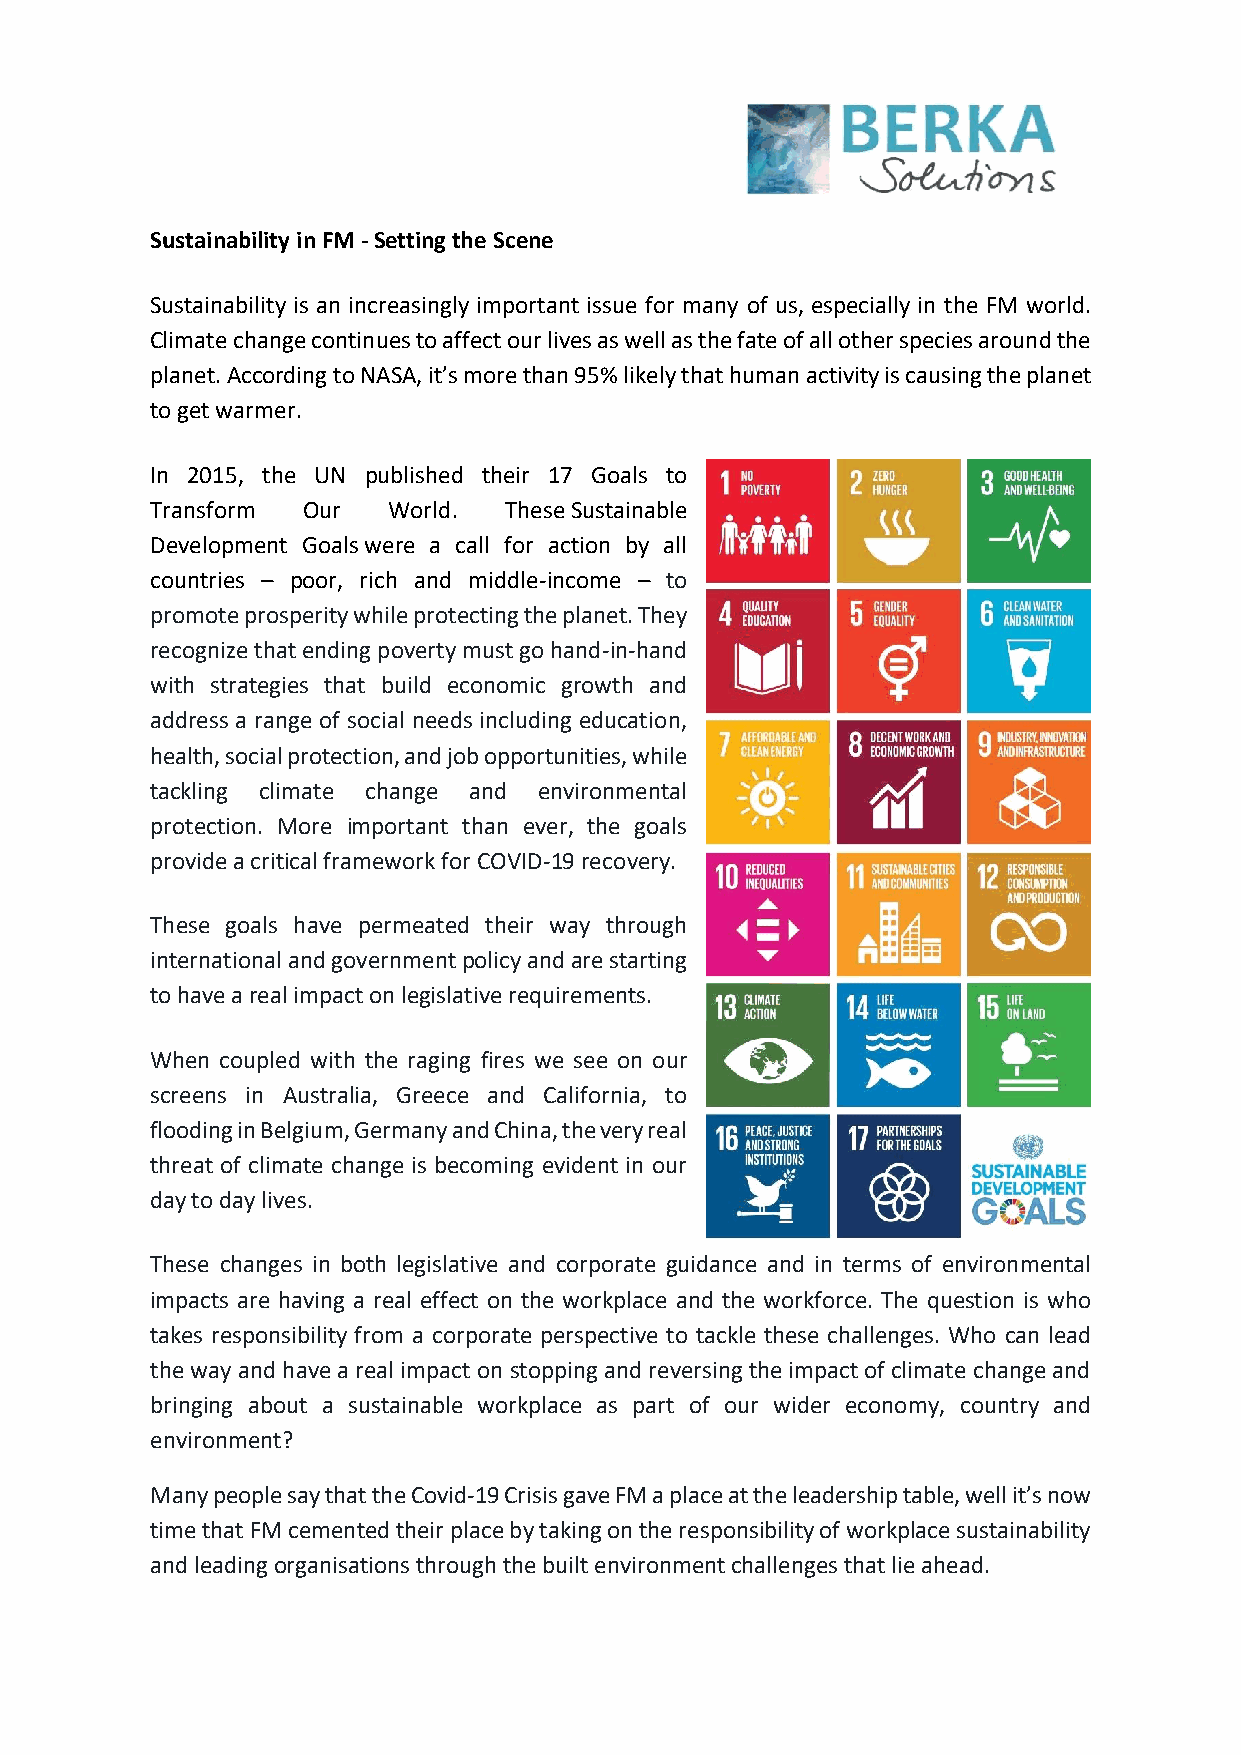
Sustainability in FM - Setting the Scene
 Sustainability is an increasingly important issue for many of us, especially in the FM world.
 Climate change continues to affect our lives as well as the fate of all other species around the
 planet. According to NASA, it’s more than 95% likely that human activity is causing the planet
 to get warmer.
 In 2015, the UN published their 17 Goals to
 Transform Our   World. These Sustainable
 Development Goals were a call for action by all
 countries – poor, rich and middle-income – to
 promote prosperity while protecting the planet. They
 recognize that ending poverty must go hand-in-hand
 with strategies that build economic growth and
 address a range of social needs including education,
 health, social protection, and job opportunities, while
 tackling climate change and environmental
 protection. More important than ever, the goals
 provide a critical framework for COVID-19 recovery.
 These goals have permeated their way through
 international and government policy and are starting
 to have a real impact on legislative requirements.
 When coupled with the raging fires we see on our
 screens in Australia, Greece and California, to
 flooding in Belgium, Germany and China, the very real
 threat of climate change is becoming evident in our
 day to day lives.
 These changes in both legislative and corporate guidance and in terms of environmental
 impacts are having a real effect on the workplace and the workforce. The question is who
 takes responsibility from a corporate perspective to tackle these challenges. Who can lead
 the way and have a real impact on stopping and reversing the impact of climate change and
 bringing about a sustainable workplace as part of our wider economy, country and
 environment?
 Many people say that the Covid-19 Crisis gave FM a place at the leadership table, well it’s now
 time that FM cemented their place by taking on the responsibility of workplace sustainability
 and leading organisations through the built environment challenges that lie ahead.